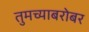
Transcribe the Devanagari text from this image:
तुमच्याबरोबर